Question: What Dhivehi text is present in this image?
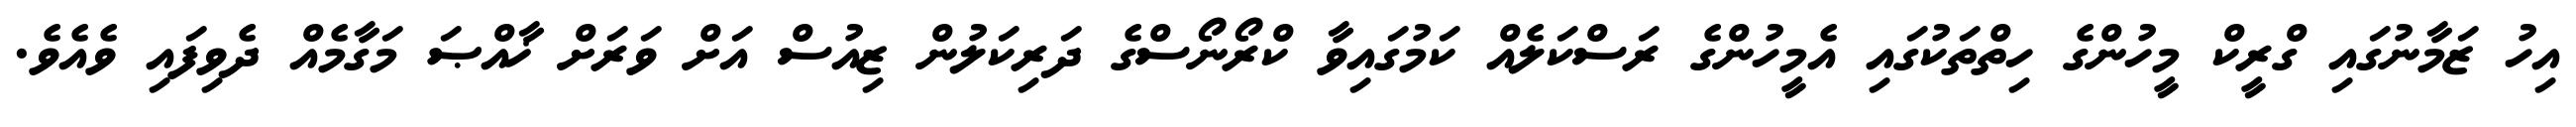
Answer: އިހު ޒަމާނުގައި ގްރީކް މީހުންގެ ހިތްތަކުގައި އެމީހުންގެ ރަސްކަލެއް ކަމުގައިވާ ކްރޯނޯސްގެ ދަރިކަލުން ޒިއުސް އަށް ވަރަށް ޚާއްޞަ މަގާމެއް ދެވިފައި ވެއެވެ.